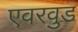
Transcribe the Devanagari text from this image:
एवरवुड